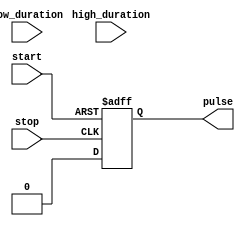
module DutyCyclePulseGenerator (
    input start,
    input stop,
    input [31:0] high_duration,
    input [31:0] low_duration,
    output reg pulse
);

reg [31:0] counter;
reg high_period;
reg [31:0] pulse_width;

always @ (posedge start or posedge stop) begin
    if (start) begin
        pulse <= 1'b0;
        counter <= 0;
        high_period <= 1;
        pulse_width <= high_duration;
    end else if (stop) begin
        pulse <= 1'b0;
    end else begin
        if (high_period && counter < pulse_width) begin
            pulse <= 1'b1;
            counter <= counter + 1;
        end else if (high_period && counter >= pulse_width) begin
            pulse <= 1'b0;
            counter <= 0;
            pulse_width <= low_duration;
            high_period <= 0;
        end else if (!high_period && counter < pulse_width) begin
            pulse <= 1'b0;
            counter <= counter + 1;
        end else if (!high_period && counter >= pulse_width) begin
            pulse <= 1'b0;
            counter <= 0;
            pulse_width <= high_duration;
            high_period <= 1;
        end
    end
end

endmodule